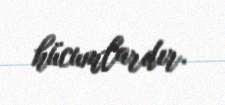
hücumlardır.